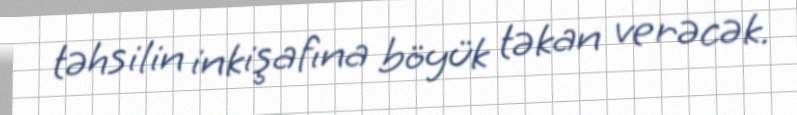
təhsilin inkişafına böyük təkan verəcək.